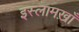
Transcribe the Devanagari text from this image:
इस्लामख़ाँ